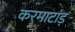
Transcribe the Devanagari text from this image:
करमाटांड़